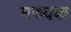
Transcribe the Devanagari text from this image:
मरुवक